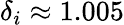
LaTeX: \delta_{i}\approx 1.005